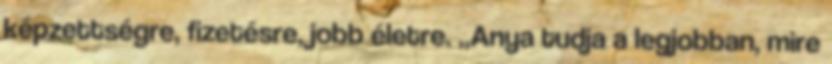
képzettségre, fizetésre, jobb életre. „Anya tudja a legjobban, mire